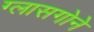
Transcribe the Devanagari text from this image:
ग्लासगोने